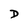
Character: D